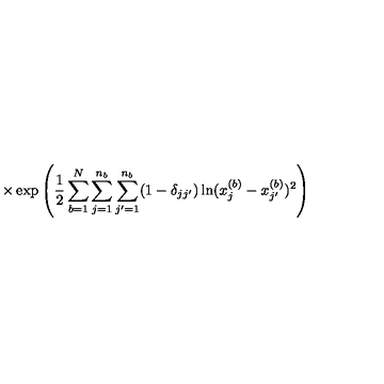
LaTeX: \times \exp \left( \frac { 1 } { 2 } \sum _ { b = 1 } ^ { N } \sum _ { j = 1 } ^ { n _ { b } } \sum _ { j ^ { \prime } = 1 } ^ { n _ { b } } ( 1 - \delta _ { j j ^ { \prime } } ) \ln ( x _ { j } ^ { ( b ) } - x _ { j ^ { \prime } } ^ { ( b ) } ) ^ { 2 } \right)